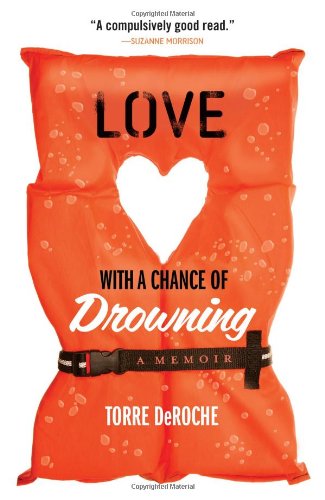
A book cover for Love with a Chance of Drowning; Torre DeRoche; Sports & Outdoors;